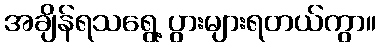
အချိန်ရသရွေ့ ပွားများရတယ်ကွာ။